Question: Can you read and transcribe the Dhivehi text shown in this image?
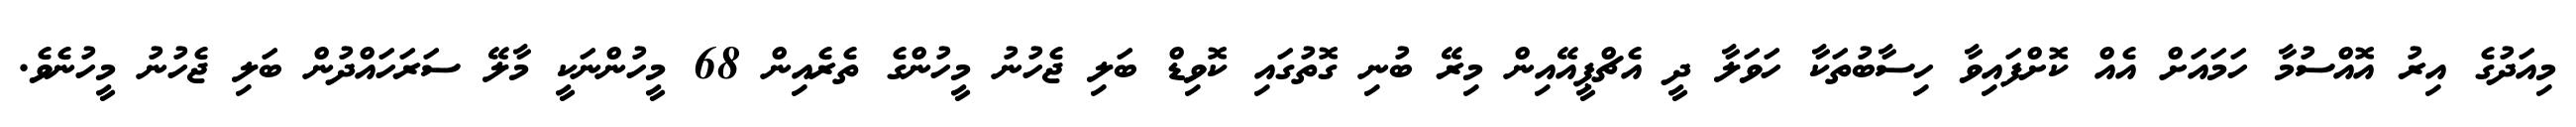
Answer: މިއަދުގެ އިރު އޮއްސުމާ ހަމައަށް އެއް ކޮށްފައިވާ ހިސާބުތަކާ ހަވަލާ ދީ އެޗްޕީއޭއިން މިރޭ ބުނި ގޮތުގައި ކޮވިޑް ބަލި ޖެހުނު މީހުންގެ ތެރެއިން 68 މީހުންނަކީ މާލޭ ސަރަހައްދުން ބަލި ޖެހުނު މީހުނެވެ.